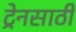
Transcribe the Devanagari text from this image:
ट्रेनसाठी